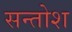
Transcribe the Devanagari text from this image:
सन्तोश